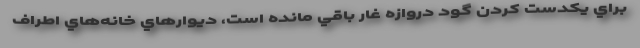
براي يكدست كردن گود دروازه غار باقي مانده است، ديوارهاي خانه‌هاي اطراف